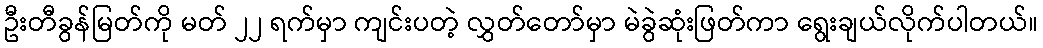
ဦးတီခွန်မြတ်ကို မတ် ၂၂ ရက်မှာ ကျင်းပတဲ့ လွှတ်တော်မှာ မဲခွဲဆုံးဖြတ်ကာ ရွေးချယ်လိုက်ပါတယ်။